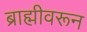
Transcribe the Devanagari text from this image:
ब्राह्मीवरून